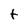
Character: t